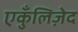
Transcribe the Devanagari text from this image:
एकुँलिज़ेद